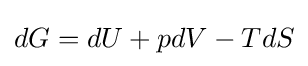
dG=dU+pdV-TdS